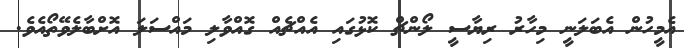
އެމީހުން އެބަލަނީ މިހާރު ރިޔާސީ ލޯންޗް ކޮޅުގައި އެއްޗެއް ގޮއްވާލި މައްސަލަ އޮށްބާލެވޭތޯއެވެ.